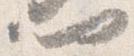
門